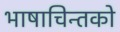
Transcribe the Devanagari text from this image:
भाषाचिन्तको